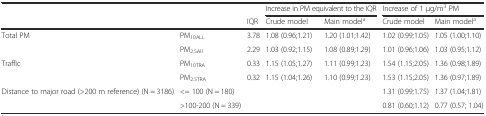
<table><thead><tr><td></td><td></td><td></td><td colspan="2"><b>Increase in PM equivalent to the IQR</b></td><td colspan="2"><b>Increase of 1 μg/m<sup>3</sup> PM</b></td></tr><tr><td></td><td></td><td><b>IQR</b></td><td><b>Crude model</b></td><td><b>Main model<sup>a</sup></b></td><td><b>Crude model</b></td><td><b>Main model<sup>a</sup></b></td></tr></thead><tbody><tr><td>Total PM</td><td>PM<sub>10ALL</sub></td><td>3.78</td><td>1.08 (0.96;1.21)</td><td>1.20 (1.01;1.42)</td><td>1.02 (0.99;1.05)</td><td>1.05 (1.00;1.10)</td></tr><tr><td></td><td>PM<sub>2.5All</sub></td><td>2.29</td><td>1.03 (0.92;1.15)</td><td>1.08 (0.89;1.29)</td><td>1.01 (0.96;1.06)</td><td>1.03 (0.95;1.12)</td></tr><tr><td>Traffic</td><td>PM<sub>10TRA</sub></td><td>0.33</td><td>1.15 (1.05;1.27)</td><td>1.11 (0.99;1.23)</td><td>1.54 (1.15;2.05)</td><td>1.36 (0.98;1.89)</td></tr><tr><td></td><td>PM<sub>2.5TRA</sub></td><td>0.32</td><td>1.15 (1.04;1.26)</td><td>1.10 (0.99;1.23)</td><td>1.53 (1.15;2.05)</td><td>1.36 (0.97;1.89)</td></tr><tr><td>Distance to major road (&gt;200 m reference) (N = 3186)</td><td>&lt;= 100 (N = 180)</td><td></td><td></td><td></td><td>1.31 (0.99;1.75)</td><td>1.37 (1.04;1.81)</td></tr><tr><td></td><td>&gt;100-200 (N = 339)</td><td></td><td></td><td></td><td>0.81 (0.60;1.12)</td><td>0.77 (0.57; 1.04)</td></tr></tbody></table>